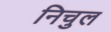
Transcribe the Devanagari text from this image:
निचुल